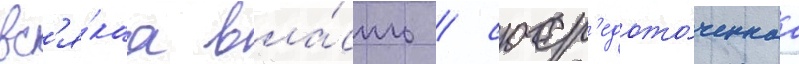
вс'я́каа вла́сть / соср'едото́ченнаа